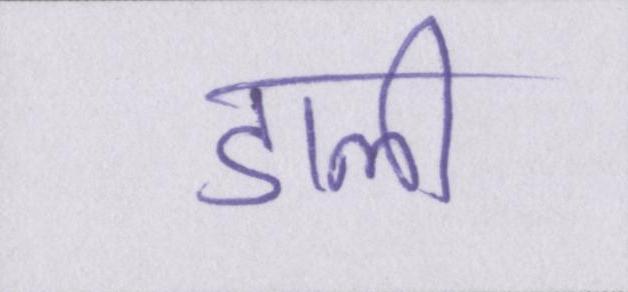
डाली